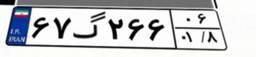
۰۵گ۳۸۲۷۵